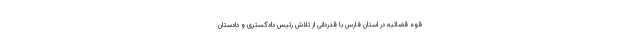
قوه قضائیه در استان فارس با قدردانی از تلاش رئیس دادگستری و دادستان